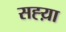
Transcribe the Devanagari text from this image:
सह्य़ा